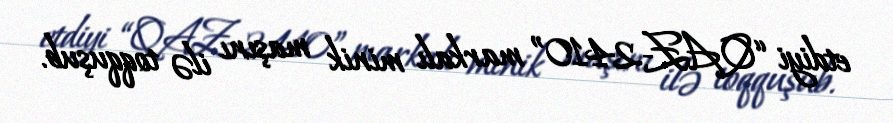
etdiyi “QAZ-2410” markalı minik maşını ilə toqquşub.